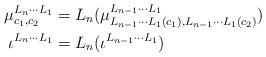
LaTeX: \begin{align*} \mu^{L_n\cdots L_1}_{c_1,c_2} &= L_n(\mu^{L_{n-1}\cdots L_{1}}_{L_{n-1}\cdots L_1(c_1),L_{n-1}\cdots L_1(c_2)}) \\ \iota^{L_n\cdots L_1} &= L_n(\iota^{L_{n-1}\cdots L_{1}}) \end{align*}